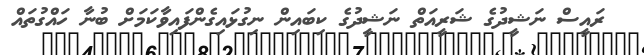
ރައީސް ނަޝީދުގެ ޝަރީއަތް ނަޝީދުގެ ކިބައިން ނިގުޅައިގެންފައިވާކަމަށް ބުނާ ހައްގުތައް